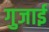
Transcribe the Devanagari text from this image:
गुजाई